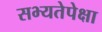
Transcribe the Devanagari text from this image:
सभ्यतेपेक्षा